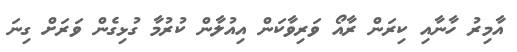
އާމިރު ހާނާއި ކިރަން ރާއޯ ވަރިވާކަން އިއުލާން ކުރުމާ ގުޅިގެން ވަރަށް ގިނަ